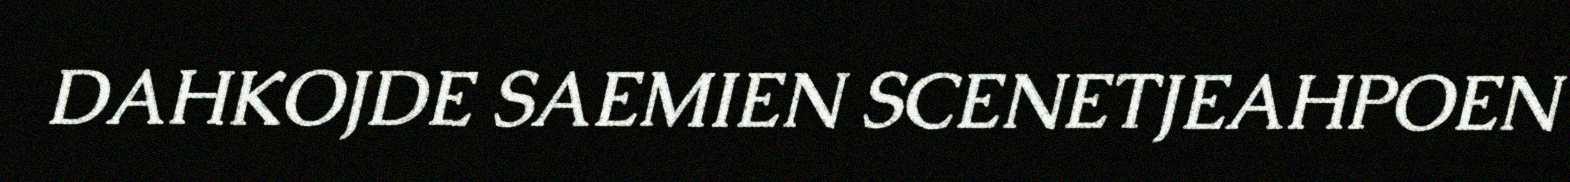
DAHKOJDE SAEMIEN SCENETJEAHPOEN